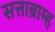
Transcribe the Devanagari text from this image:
सत्ताब्राम्ह